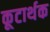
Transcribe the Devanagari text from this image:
कूटार्थक